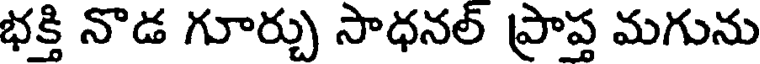
భక్తి నొడ గూర్చు సాధనల్ ప్రాప్త మగును